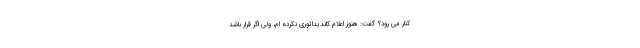
کنار می رود؟ گفت: هنوز اعلام کاندیداتوری نکرده ام، ولی اگر قرار باشد